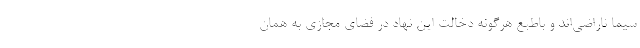
سیما ناراضی‌اند و باطبع هرگونه دخالت این نهاد در فضای مجازی به همان